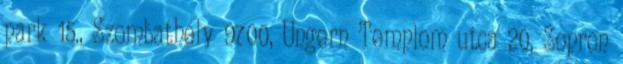
park 15., Szombathely 9700, Ungern Templom utca 20, Sopron